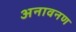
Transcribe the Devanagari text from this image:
अनावनण